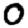
Digit: 0